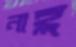
নাহ্ল